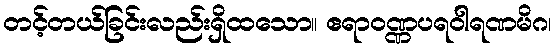
တင့်တယ်ခြင်းလည်းရှိထသော။ ဧရာဝဏ္ဏပရဝါရဏမိဂ၊